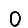
Digit: 0